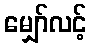
မျှော်လင့်